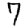
Digit: 7